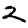
Digit: 2